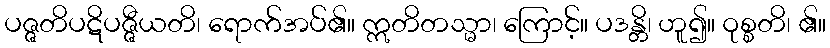
ပဇ္ဇတိပဋိပဇ္ဇီယတိ၊ ရောက်အပ်၏။ ဣတိတသ္မာ၊ ကြောင့်။ ပဒန္တိ၊ ဟူ၍။ ဝုစ္စတိ၊ ၏။